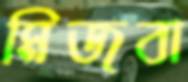
মিজবা